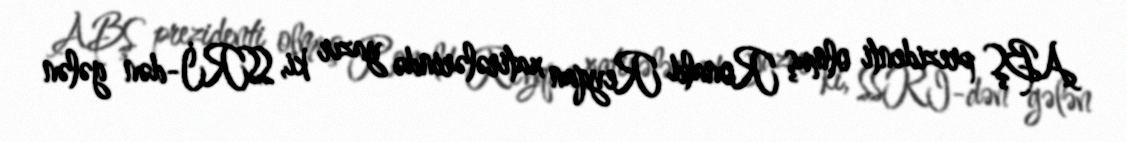
ABŞ prezidenti olmuş Ronald Reyqan xatirələrində yazır ki, SSRİ-dən gələn